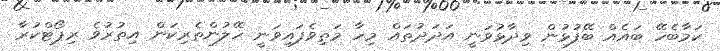
ކަމާބެހޭ ބައެއް ބޭފުޅުން ވިދާޅުވަނީ އަދަދުތައް މިހާ މަތިވެފައިވަނީ ހޭލުންތެރިކަން އިތުރުވެ ރިޕޯޓްކުރާ